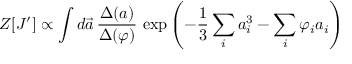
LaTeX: Z [ J ^ { \prime } ] \propto \int d \vec { a } \, \frac { \Delta ( a ) } { \Delta { ( \varphi ) } } \, \exp \left( - \frac { 1 } { 3 } \sum _ { i } a _ { i } ^ { 3 } - \sum _ { i } \varphi _ { i } a _ { i } \right)